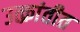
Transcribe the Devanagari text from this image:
उत्क्रांतीत